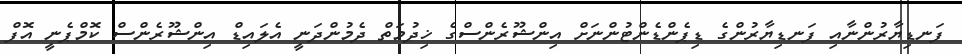
ފަނޑިޔާރުންނާއި ފަނޑިޔާރުންގެ ޑިޕެންޑެންޓުންނަށް އިންޝޫރެންސްގެ ޚިދުމަތް ދެމުންދަނީ އެލައިޑް އިންޝޫރެންސް ކޮމްޕެނީ އޮފް